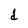
Character: d